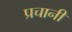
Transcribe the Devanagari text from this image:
प्रचानी